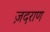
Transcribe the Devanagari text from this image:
ज़दराण